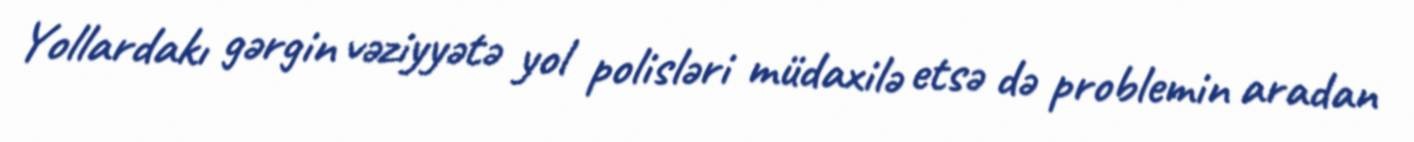
Yollardakı gərgin vəziyyətə yol polisləri müdaxilə etsə də problemin aradan